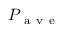
P _ { \mathrm { ~ a ~ v ~ e ~ } }